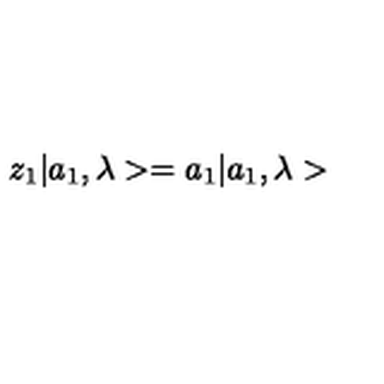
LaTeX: z _ { 1 } | a _ { 1 } , \lambda > = a _ { 1 } | a _ { 1 } , \lambda >